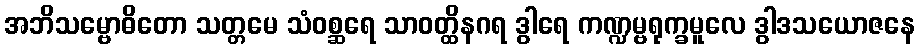
အဘိသမ္ဗောဓိတော သတ္တမေ သံဝစ္ဆရေ သာဝတ္ထိနဂရ ဒွါရေ ကဏ္ဍမ္ဗရုက္ခမူလေ ဒွါဒသယောဇနေ